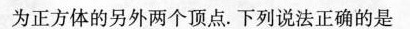
为正方体的另外两个顶点。下列说法正确的是